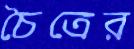
চৈত্রের